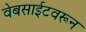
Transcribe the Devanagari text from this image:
वेबसाईटवरून